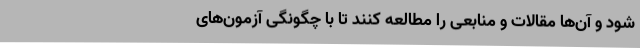
شود و آن‌ها مقالات و منابعی را مطالعه کنند تا با چگونگی آزمون‌های